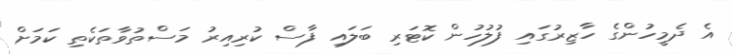
އެ ދެމީހުންގެ ހާޒިރުގައި ފުލުހުން ކޮޓަރި ބަލައި ފާސް ކުރިއިރު މަސްތުވާތަކެތި ކަމަށް